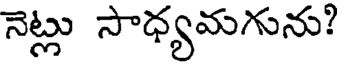
నెట్లు సాధ్యమగును?